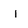
Character: l